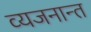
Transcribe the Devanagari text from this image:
व्यजनान्त